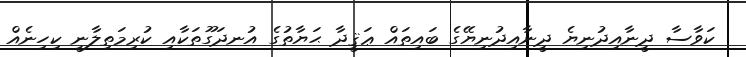
ކަވާސާ ދީނާއިދުނިޔެ ދީނާއިދުނިޔޭގެ ބައިތައް ޢަޤީދާ ޙަޔާތުގެ އުނދަގޫތަކާއި ކުރިމަތިލާނީ ކިހިނެއް